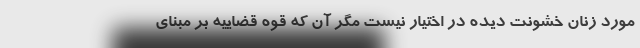
مورد زنان خشونت دیده در اختیار نیست مگر آن که قوه قضاییه بر مبنای